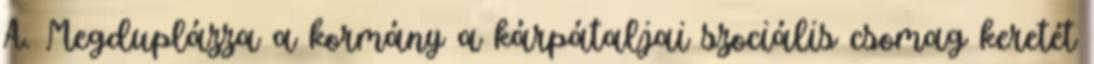
A. Megduplázza a kormány a kárpátaljai szociális csomag keretét